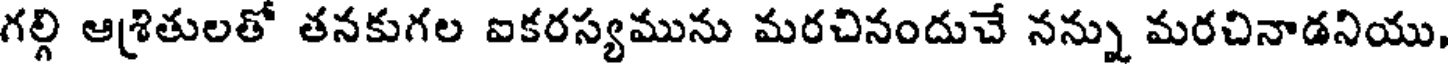
గల్గి ఆశ్రితులతో తనకుగల ఐకరస్యమును మరచినందుచే నన్ను మరచినాడనియు,